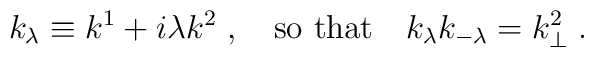
k_{\lambda} \equiv k^1 + i \lambda k^2 \; , \quad \mbox{so that} \quad  k_{\lambda} k_{-\lambda} = k_{\perp}^2 \; .